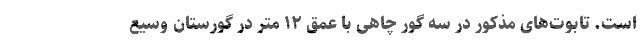
است. تابوت‌های مذکور در سه گور چاهی با عمق ۱۲ متر در گورستان وسیع